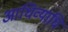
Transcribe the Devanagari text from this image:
आधिव्याधि